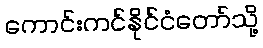
ကောင်းကင်နိုင်ငံတော်သို့